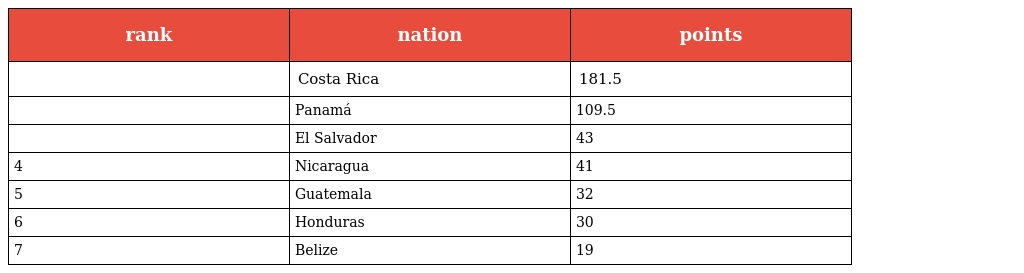
| rank | nation | points |
 | --- | --- | --- |
 |  | Costa Rica | 181.5 |
 |  | Panamá | 109.5 |
 |  | El Salvador | 43 |
 | 4 | Nicaragua | 41 |
 | 5 | Guatemala | 32 |
 | 6 | Honduras | 30 |
 | 7 | Belize | 19 |